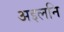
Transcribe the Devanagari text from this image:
अइलनि